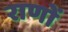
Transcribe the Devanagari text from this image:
राणों